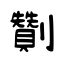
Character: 劗